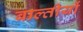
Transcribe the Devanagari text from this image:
बाल्तीयों